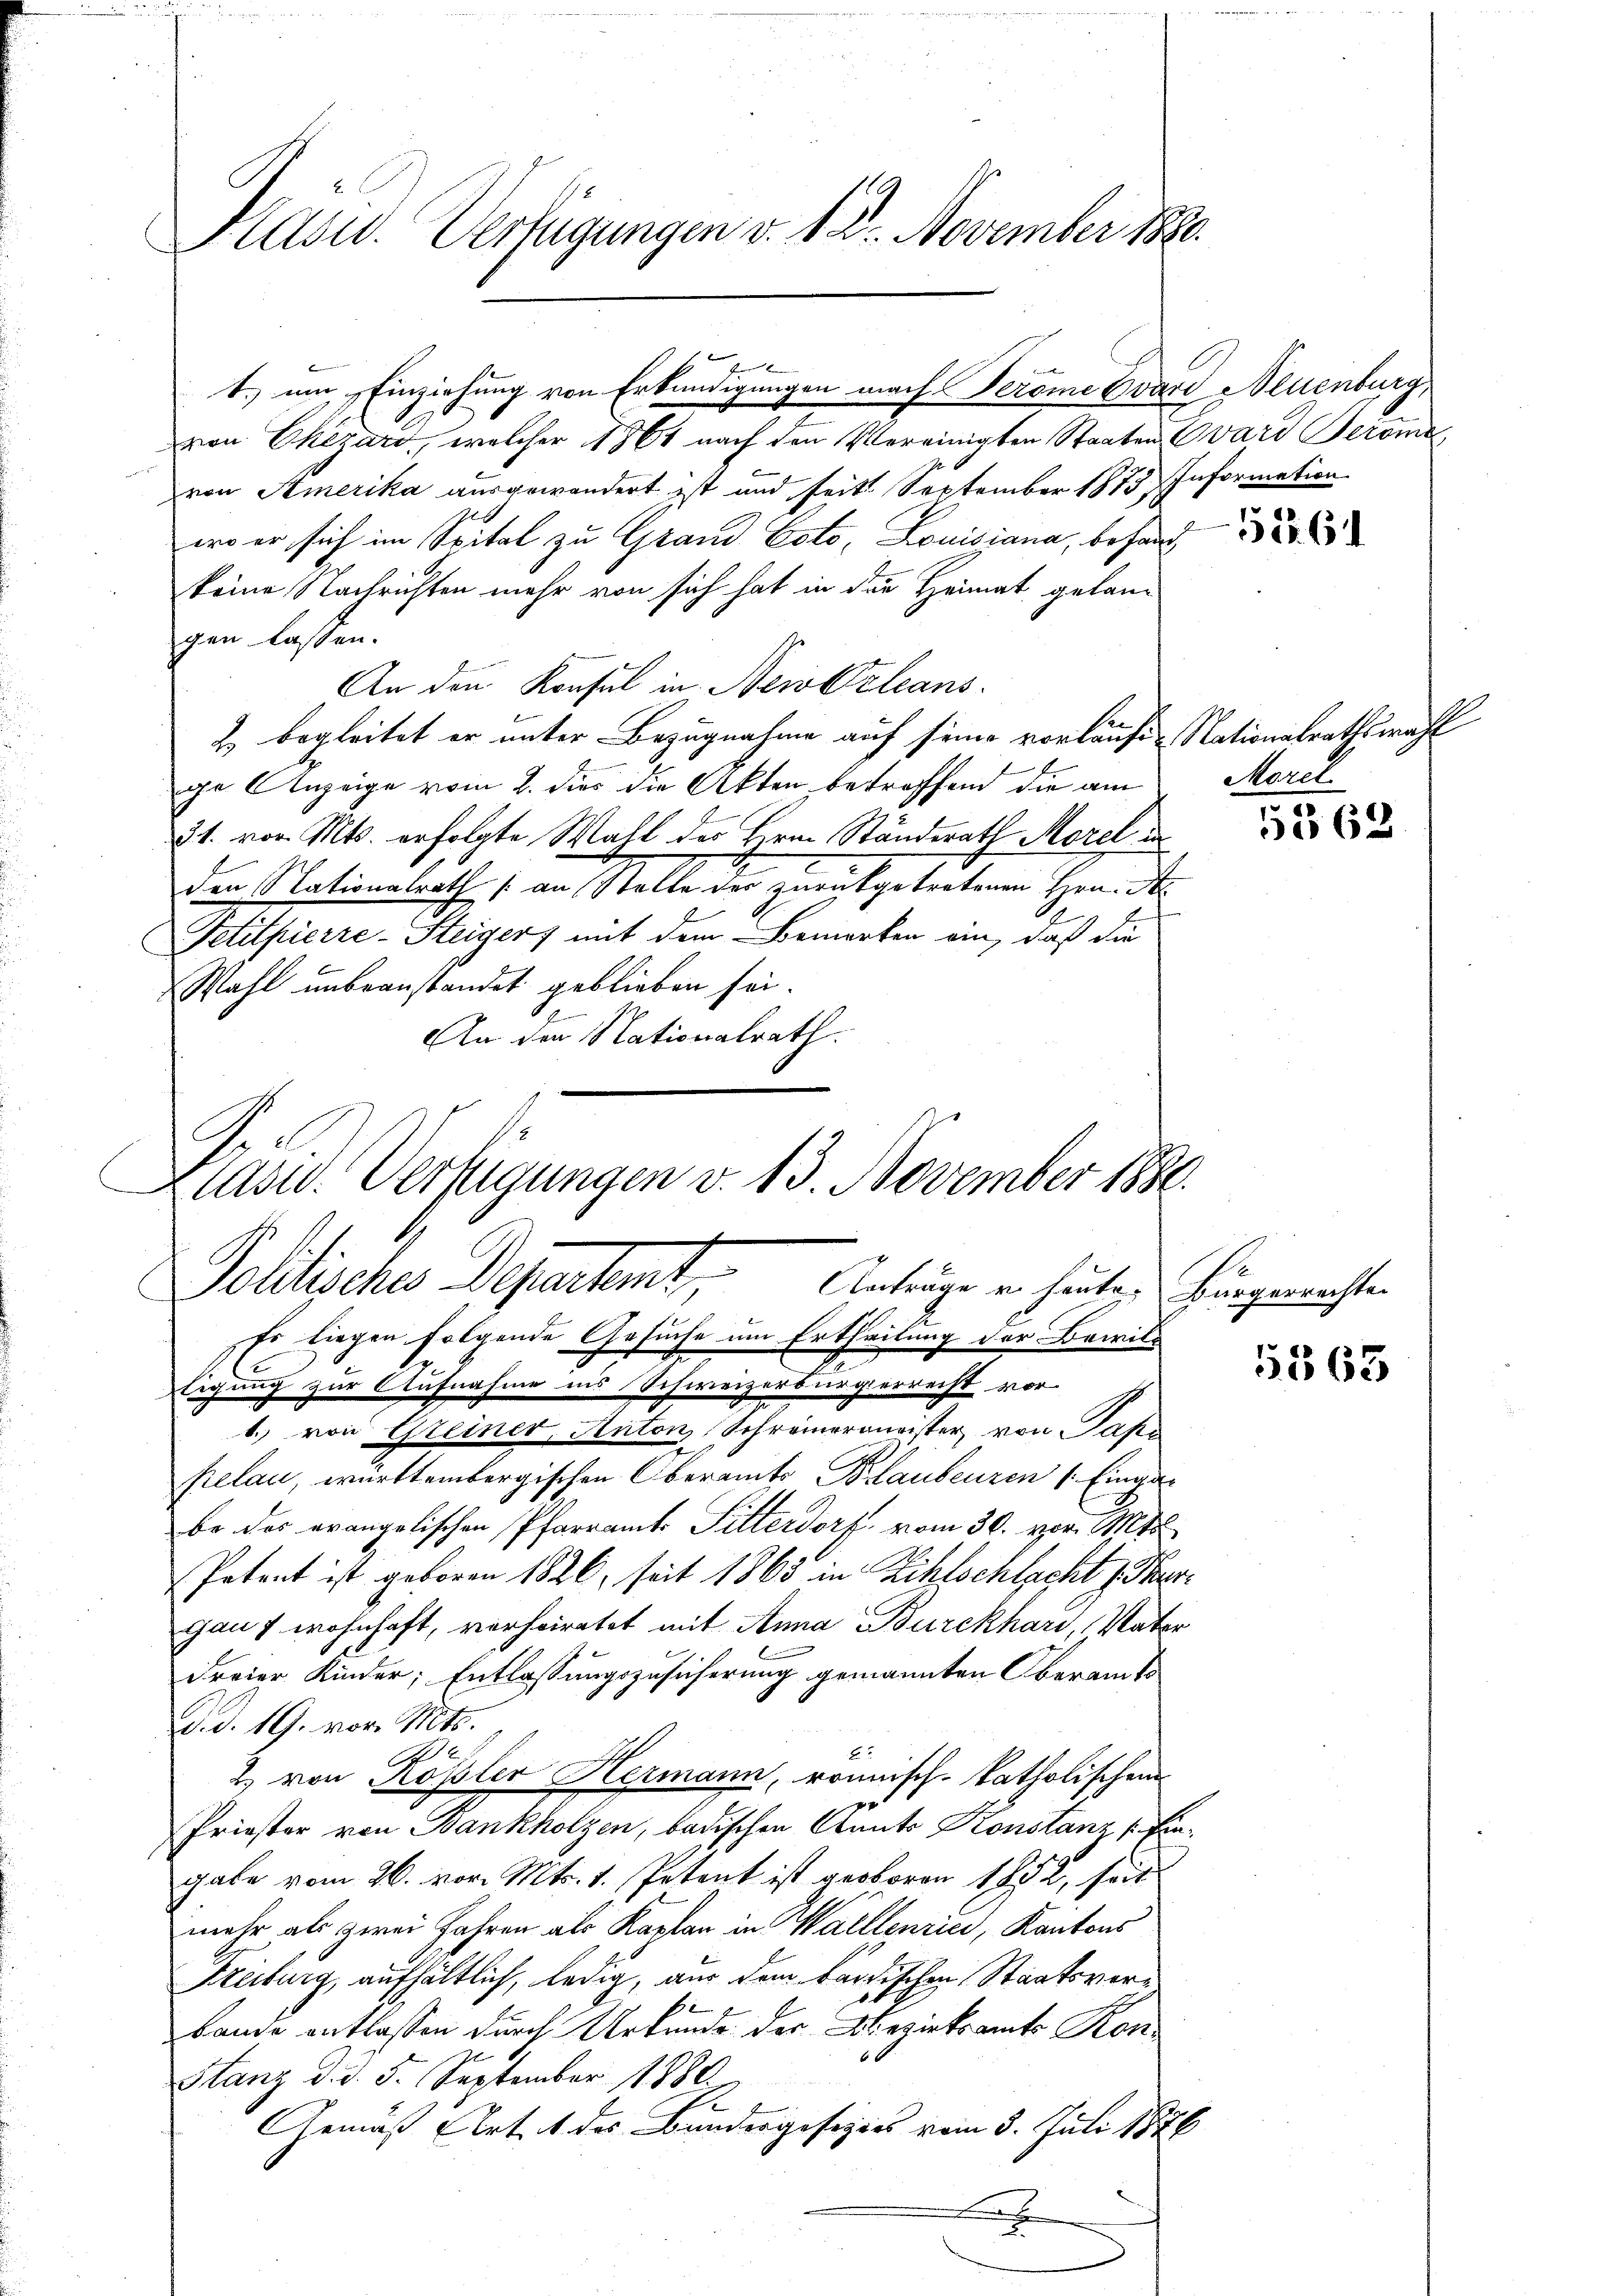
Präsid. Verfügungen v. 12. November 1890.

t.) um Einziehung von Erkundigungen nach Perome Evare Neuenburg,
von Chezard, welcher 1864 nach den Vereinigten Staaten ward Jeroma
von Amerika ausgewandert ist und seit September 1873. Information
wo er sich im Spital zu Grand Coto, Louisiana, behau
keine Nachrichten mehr von sich hat in den Heimat gelangen lassen.
An den Konsul in Nerveleans
Z. begleitet er unter Bezugnahme auf seine vorläufig Nationalrathswahl
ge Anzeige vom 2. dies die Akten betreffend die am
21. vor. Mts. erfolgte Wahl des Herrn Ständerath Morel in
den Nationalrath an Stelle des zurückgetretenen Hrn. H
Petitpierre-Steiger mit dem Bemerken ein, daß die
Wahl unbeanstandet geblieben sei.
An den Nationalrath.
G. d
Es liegen folgende Gesuche um Ertheilung der Bewil-
ligung zur Aufnahme in’s Schweizerbürgerrecht vor-
1.) von Greiner, Anton Schreinermeister, von Paps
pelan, württembergischen Oberamts Blaubenzen (: Eingar
be des evangelischen Pfarramts Sitterdorf vom 30. vor. Mts.
Potent ist geboren 1826, seit 1863 in Zihlschlacht z. Thurganz wohnhaft, verheiratet mit Anna Burckhard, Vater
Freier Kinder; Entlassungszusicherung gemannten Oberamts
d. d. 19. vor 10t.
2
2
2 von Rossler Hermann, ronnisch-katholischen
f
Priester von Bankholzen, badischen Stants Konstanz [Eingabe vom 26. vor. Mts. 1. Petent ist geboren 1852, seit
mehr als zwei Jahren als Karton in Walllenries, Kantons
Freiburg, aufhältlich, ledig, aus dem bändischen Staatsverbande entlassen durch Urkunde der Bezirksamts Kon¬
Stanz d. d. 5. September 1880.
Gemäß Art. 1 des Bundergesezes vom 3. Juli 1876
x

Klass. Verfügungen v. 13. November 1880.
Politisches Departemt, Anträge in heute hingerichte

Morel

572. 61

5362

1363